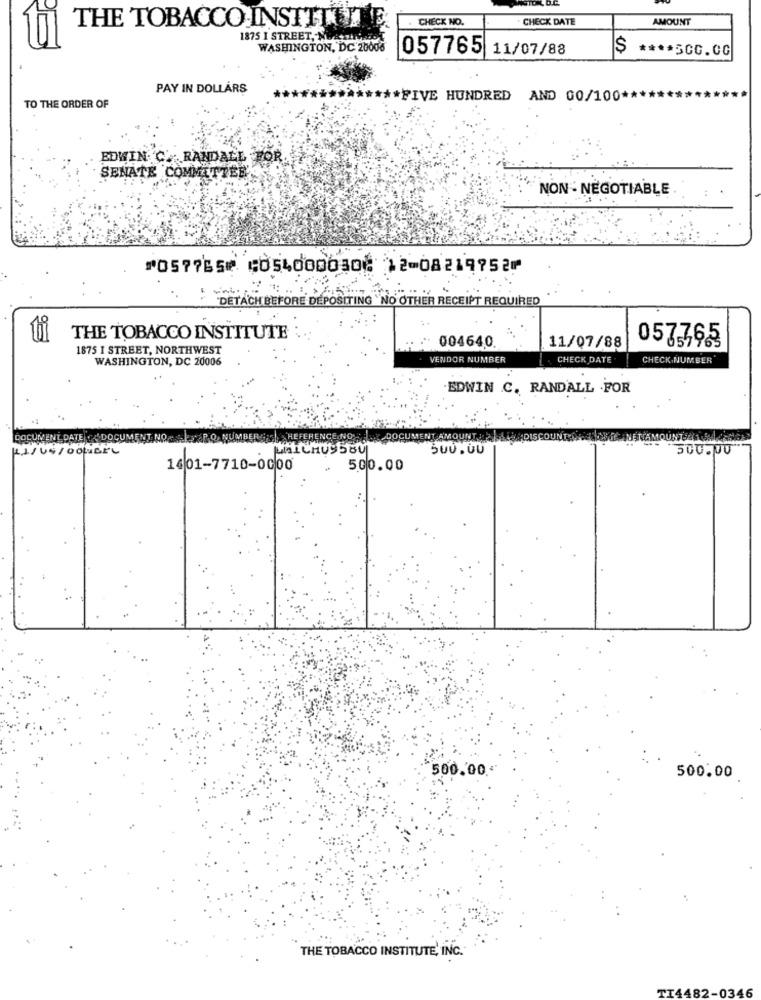
LD.C.
CHECK NO.
CHECK DATE
AMOUNT
DE
THE TOBACCO INSTITUTE
1875 I STREET, NWA :INFO
WASHINGTON, DC 20006
057765 11/07/88
**** 5CC.OG
PAY IN DOLLARS
**** FIVE HUNDRED AND 00/100 **
TO THE ORDER OF
EDWIN C' RANDALL FOR
SENATE COMMETTER
NON- NEGOTIABLE
⑈057765⑈ ⑆054000030⑆ 12⑉08219752⑈
DETACH BEFORE DEPOSITING " NO OTHER RECEIPT REQUIRED
THE TOBACCO INSTITUTE
004640.
1875 I STREET, NORTHWEST
11/07/88
057365
WASHINGTON, DC 20006
VENDOR NUMBER
CHECK DATE
CHECK-NUMBER'
EDWIN C. RANDALL .FOR
DOCUMENT DATE
NO wskaR.O. NUMBERSAS
NT AMOUNT
KLJUS/OORBEL
SUU . UU
'500.00
1601-7710-0000
500.00
500.00."
500.00
THE TOBACCO INSTITUTE, INC."
TI4482-0346